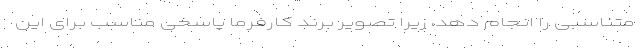
متناسبی را انجام دهد، زیرا تصویر برند کارفرما پاسخی مناسب برای این